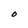
Character: O